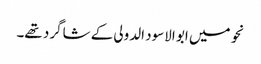
نحو میں ابو الاسود الدولی کے شاگرد تھے۔